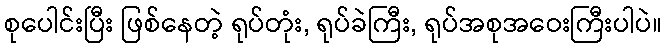
စုပေါင်းပြီး ဖြစ်နေတဲ့ ရုပ်တုံး, ရုပ်ခဲကြီး, ရုပ်အစုအဝေးကြီးပါပဲ။